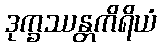
ဒုက္ခဿန္တကိရိယံ